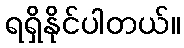
ရရှိနိုင်ပါတယ်။